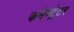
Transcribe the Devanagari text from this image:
कमेण्ट्रेटर